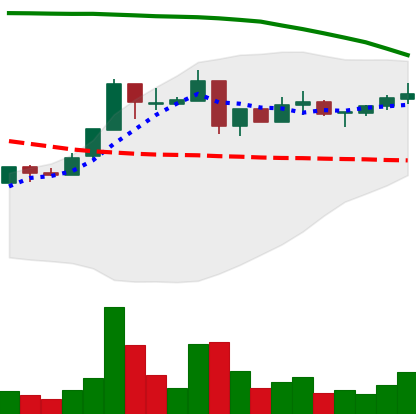
Ticker: XRP-USD
Chart end date: 2018-05-04
Forward return: -10.431%
Label: down_7plus